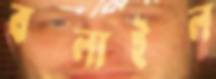
বদ্‌লাইল